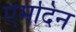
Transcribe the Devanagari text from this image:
एमदिन